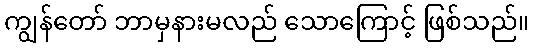
ကျွန်တော် ဘာမှနားမလည် သောကြောင့် ဖြစ်သည်။